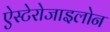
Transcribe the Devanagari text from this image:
ऐस्टेरोजाइलोन